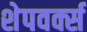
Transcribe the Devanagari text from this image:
शेपवर्क्स